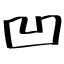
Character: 凹